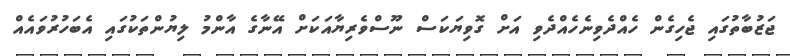
ޖަޒުބާތުގައި ޖެހިގެން ހެއްދެވިނެހެއްދެވި އަށް ގޮވިޔަކަސް ނޫސްވެރިޔާއަކަށް އޭނާގެ އާންމު ލިޔުންތަކުގައި އެބަހުރުވައެއް